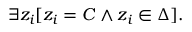
\exists z _ { i } [ z _ { i } = C \land z _ { i } \in \Delta ] .